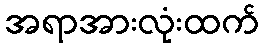
အရာအားလုံးထက်